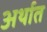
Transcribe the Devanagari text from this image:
अर्थात